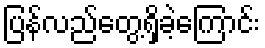
ပြန်လည်တွေ့ရှိခဲ့ကြောင်း